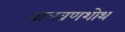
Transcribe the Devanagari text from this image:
नालव्रणशोथ